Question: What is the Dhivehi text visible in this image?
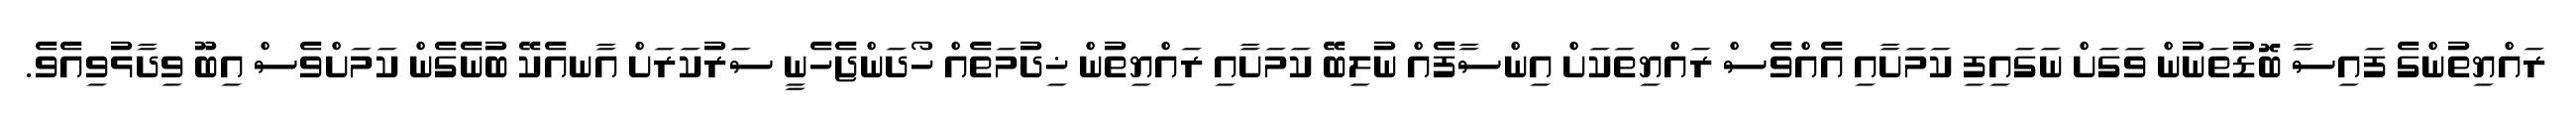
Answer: ރައްޔިތުންގެ ފައިސާ ބޮޑުތަނުން ވަގަށް ނަގައިފި ކަމަށާއި އެއްވެސް ރައްޔިތަކަށް އިންސާފެއް ނުލިބޭ ކަމަށާއި ރައްޔިތުން ޚިދުމަތެއް ހޯދަންޖެހެނީ ސަރުކަރަށް އާނއެކޭ ބުނެގެން ކަމަށްވެސް އިބޫ ވިދާޅުވިއެވެ.